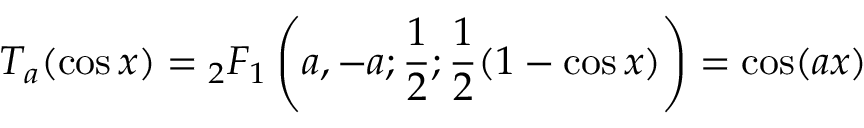
T _ { a } ( \cos x ) = { } _ { 2 } F _ { 1 } \left( a , - a ; { \frac { 1 } { 2 } } ; { \frac { 1 } { 2 } } ( 1 - \cos x ) \right) = \cos ( a x )